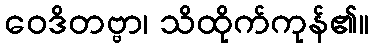
ဝေဒိတဗ္ဗာ၊ သိထိုက်ကုန်၏။